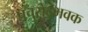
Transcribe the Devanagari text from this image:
प्रचुरोद्भवक